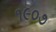
૧૯૦૭